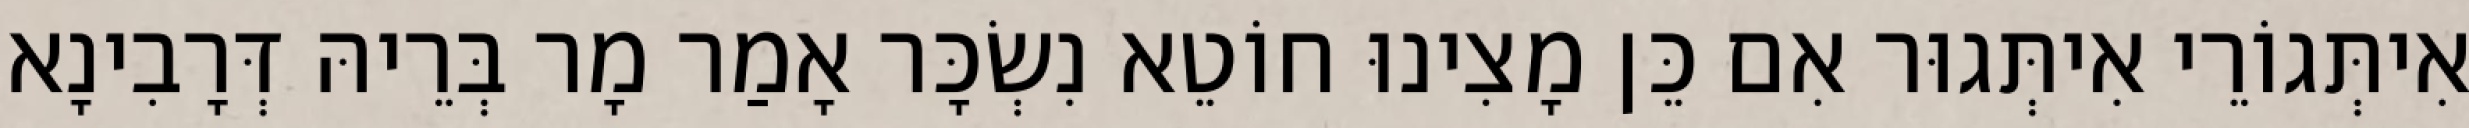
אִיתְּגוֹרֵי אִיתְּגוּר אִם כֵּן מָצִינוּ חוֹטֵא נִשְׂכָּר אָמַר מָר בְּרֵיהּ דְּרָבִינָא